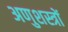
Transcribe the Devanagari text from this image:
अणुशस्त्रों